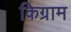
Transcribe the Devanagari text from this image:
किग्राम